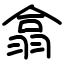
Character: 翕